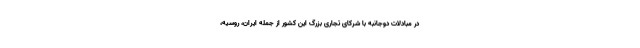
در مبادلات دوجانبه با شرکای تجاری بزرگ این کشور از جمله ایران، روسیه،